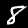
Digit: 8